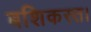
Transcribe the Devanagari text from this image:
बशिकस्त।